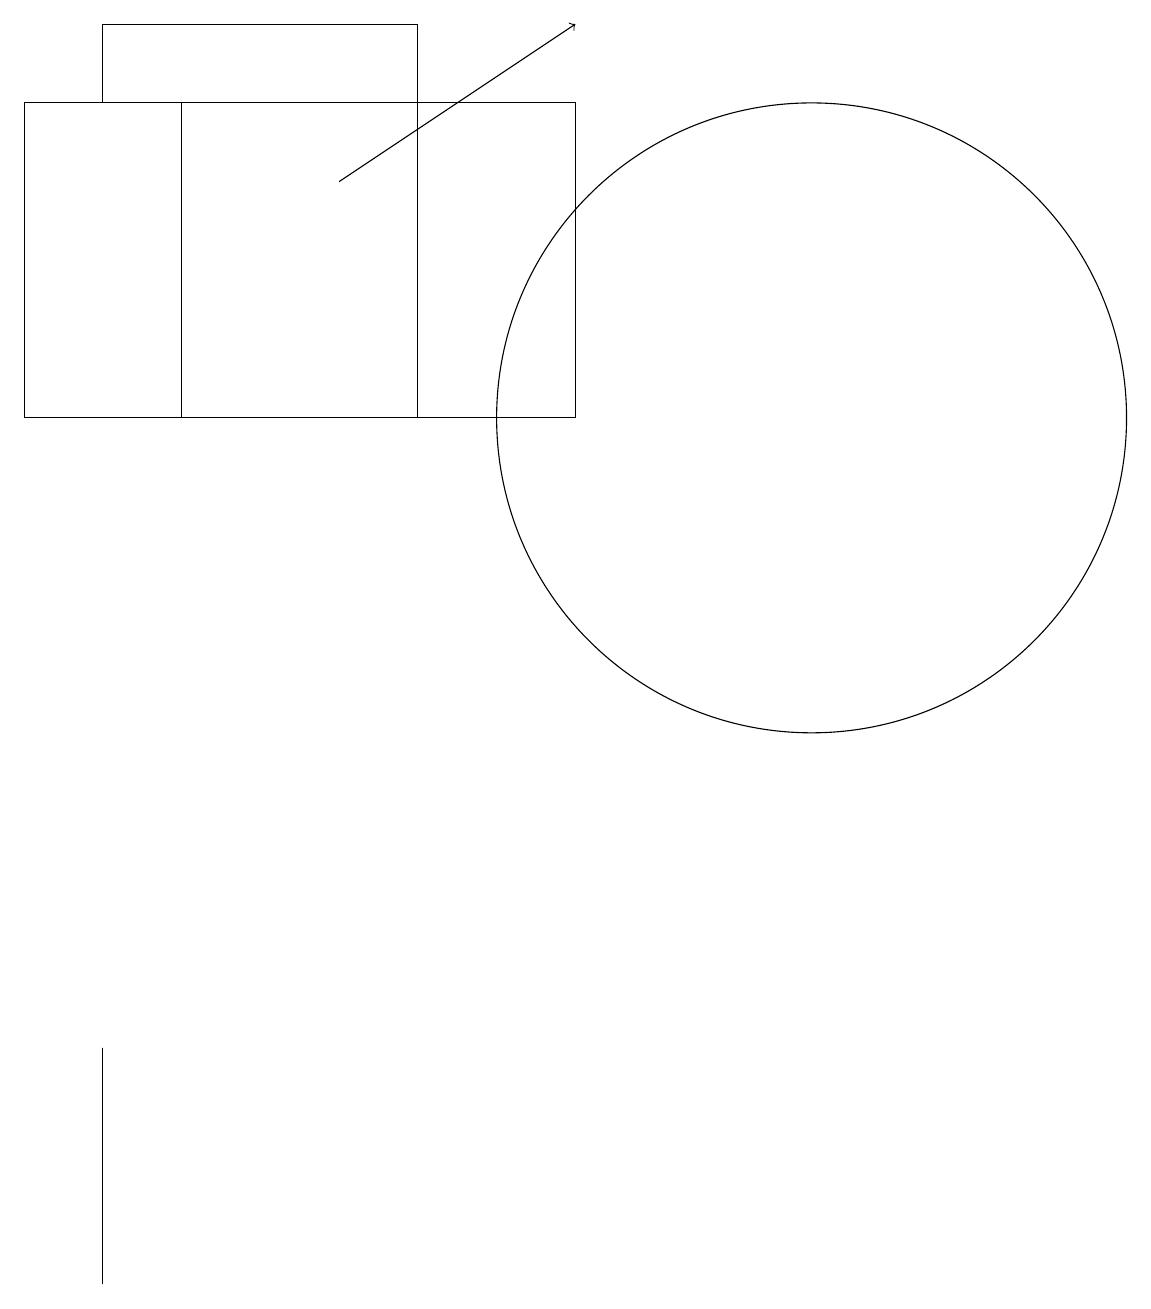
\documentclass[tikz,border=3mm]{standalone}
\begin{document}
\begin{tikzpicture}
\draw (5,16) rectangle (1,15);
\draw (0,15) rectangle (7,11);
\draw (2,11) rectangle (5,15);
\draw (10,11) circle (4);
\draw (1,3) -- (1,0) -- (1,3) -- cycle;
\draw[->] (4,14) -- (7,16);
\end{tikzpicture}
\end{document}